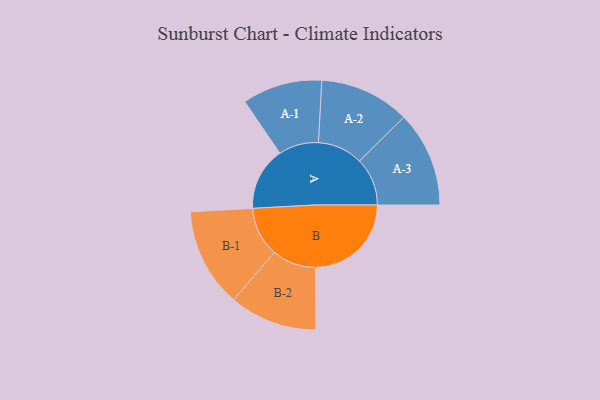
{"axis": {"x": "Segment", "y": "Value"}, "legend": ["", "A", "B"], "data": [{"x": "A", "y": 303, "type": ""}, {"x": "B", "y": 461, "type": ""}, {"x": "A-1", "y": 192, "type": "A"}, {"x": "A-2", "y": 217, "type": "A"}, {"x": "A-3", "y": 230, "type": "A"}, {"x": "B-1", "y": 238, "type": "B"}, {"x": "B-2", "y": 211, "type": "B"}]}